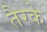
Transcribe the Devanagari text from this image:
तैरके